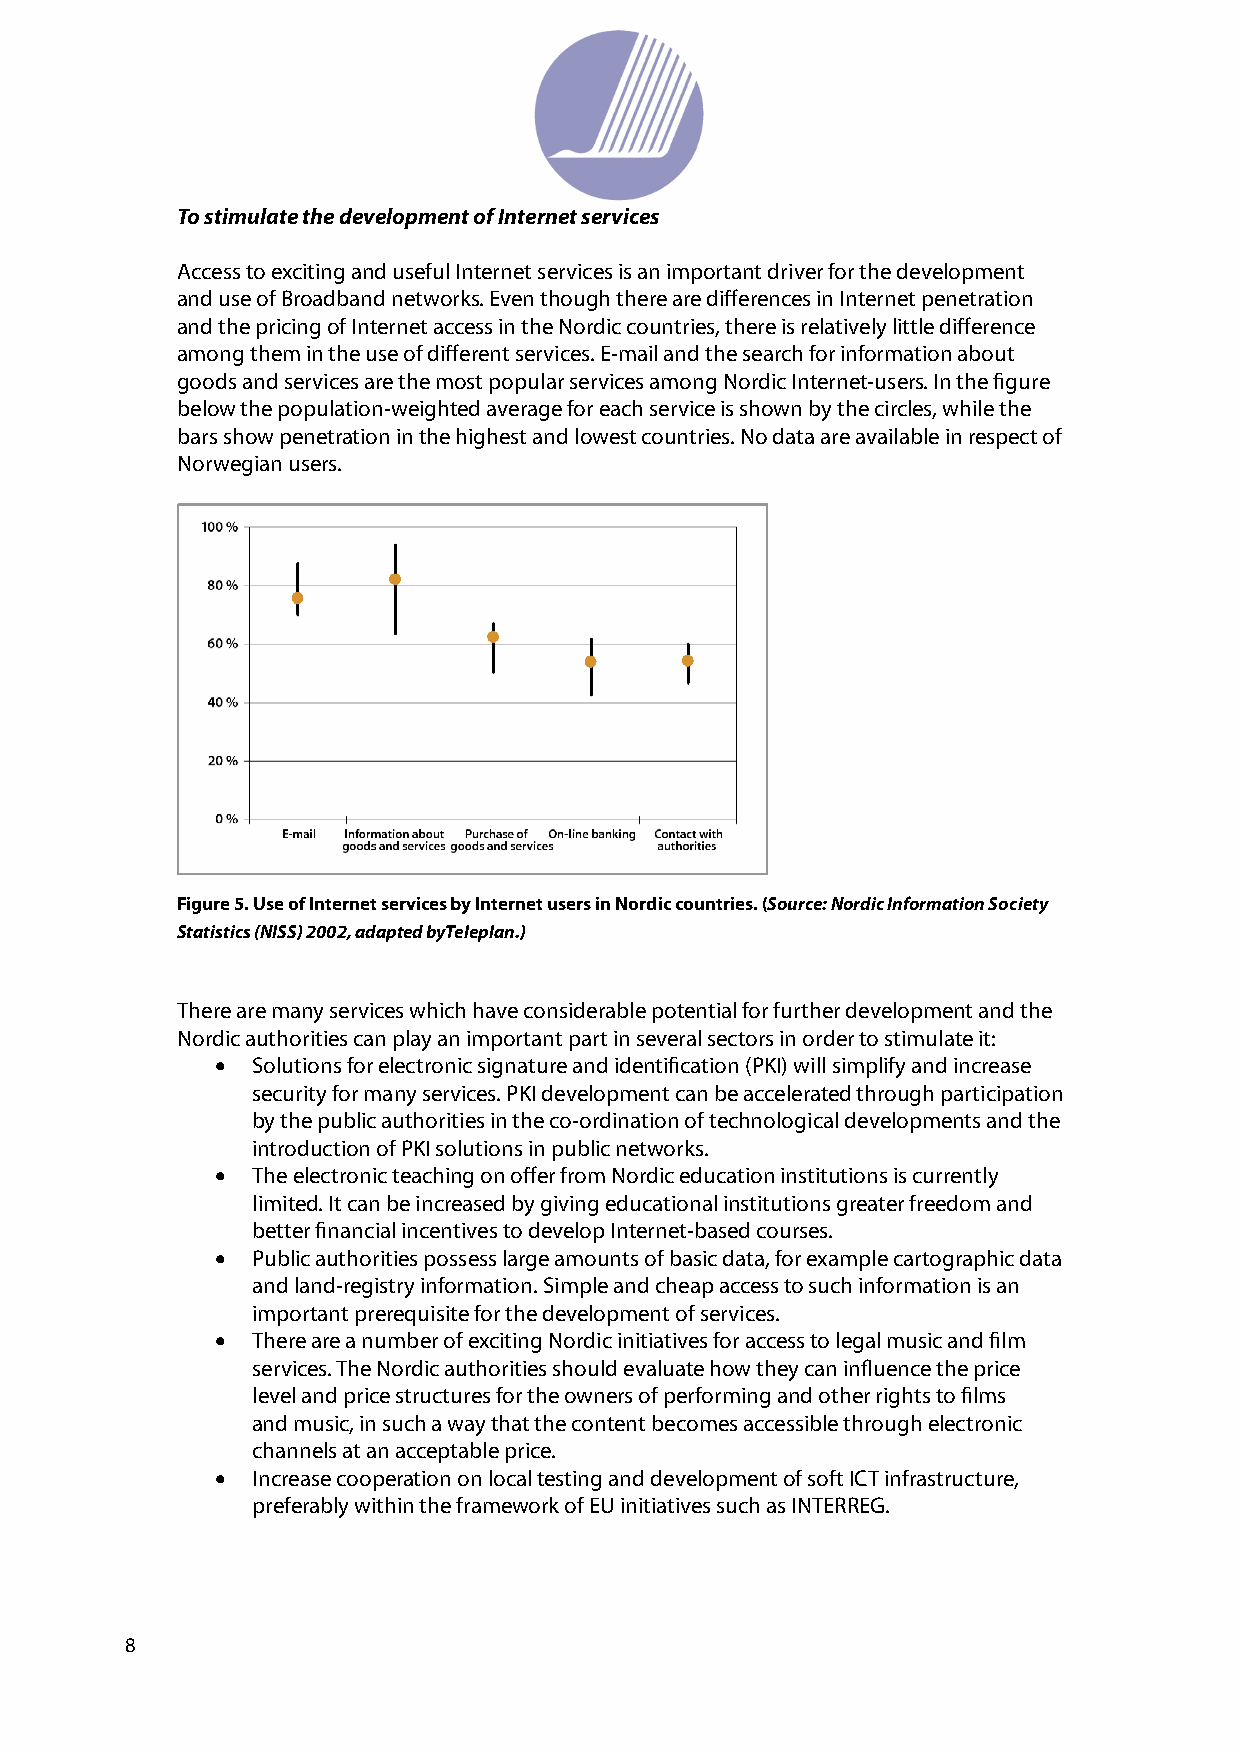
To stimulate the development of Internet services
 Access to exciting and useful Internet services is an important driver for the development
 and use of Broadband networks. Even though there are diff erences in Internet penetration
 and the pricing of Internet access in the Nordic countries, there is relatively little diff erence
 among them in the use of diff erent services. E-mail and the search for information about
 goods and services are the most popular services among Nordic Internet-users. In the fi gure
 below the population-weighted average for each service is shown by the circles, while the
 bars show penetration in the highest and lowest countries. No data are available in respect of
 Norwegian users.
 Figure 5. Use of Internet services by Internet users in Nordic countries. (Source: Nordic Information Society
 Statistics (NISS) 2002, adapted byTeleplan.)
 There are many services which have considerable potential for further development and the
 Nordic authorities can play an important part in several sectors in order to stimulate it:
 •  Solutions for electronic signature and identifi cation (PKI) will simplify and increase
 security for many services. PKI development can be accelerated through participation
 by the public authorities in the co-ordination of technological developments and the
 introduction of PKI solutions in public networks.
 •  The electronic teaching on off er from Nordic education institutions is currently
 limited. It can be increased by giving educational institutions greater freedom and
 better fi nancial incentives to develop Internet-based courses.
 •  Public authorities possess large amounts of basic data, for example cartographic data
 and land-registry information. Simple and cheap access to such information is an
 important prerequisite for the development of services.
 •  There are a number of exciting Nordic initiatives for access to legal music and fi lm
 services. The Nordic authorities should evaluate how they can infl uence the price
 level and price structures for the owners of performing and other rights to fi lms
 and music, in such a way that the content becomes accessible through electronic
 channels at an acceptable price.
 •  Increase cooperation on local testing and development of soft ICT infrastructure,
 preferably within the framework of EU initiatives such as INTERREG.
 8                                                                                                                                                  9